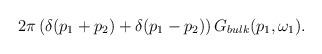
LaTeX: \begin{align*}2\pi \left( \delta (p_{1}+p_{2})+\delta (p_{1}-p_{2})\right) G_{bulk}(p_{1},\omega _{1}).\end{align*}